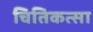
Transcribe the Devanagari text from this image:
चितिकत्सा